Vaike-Kullamaa_(Vaikna)_vallavalitsus, lk 44
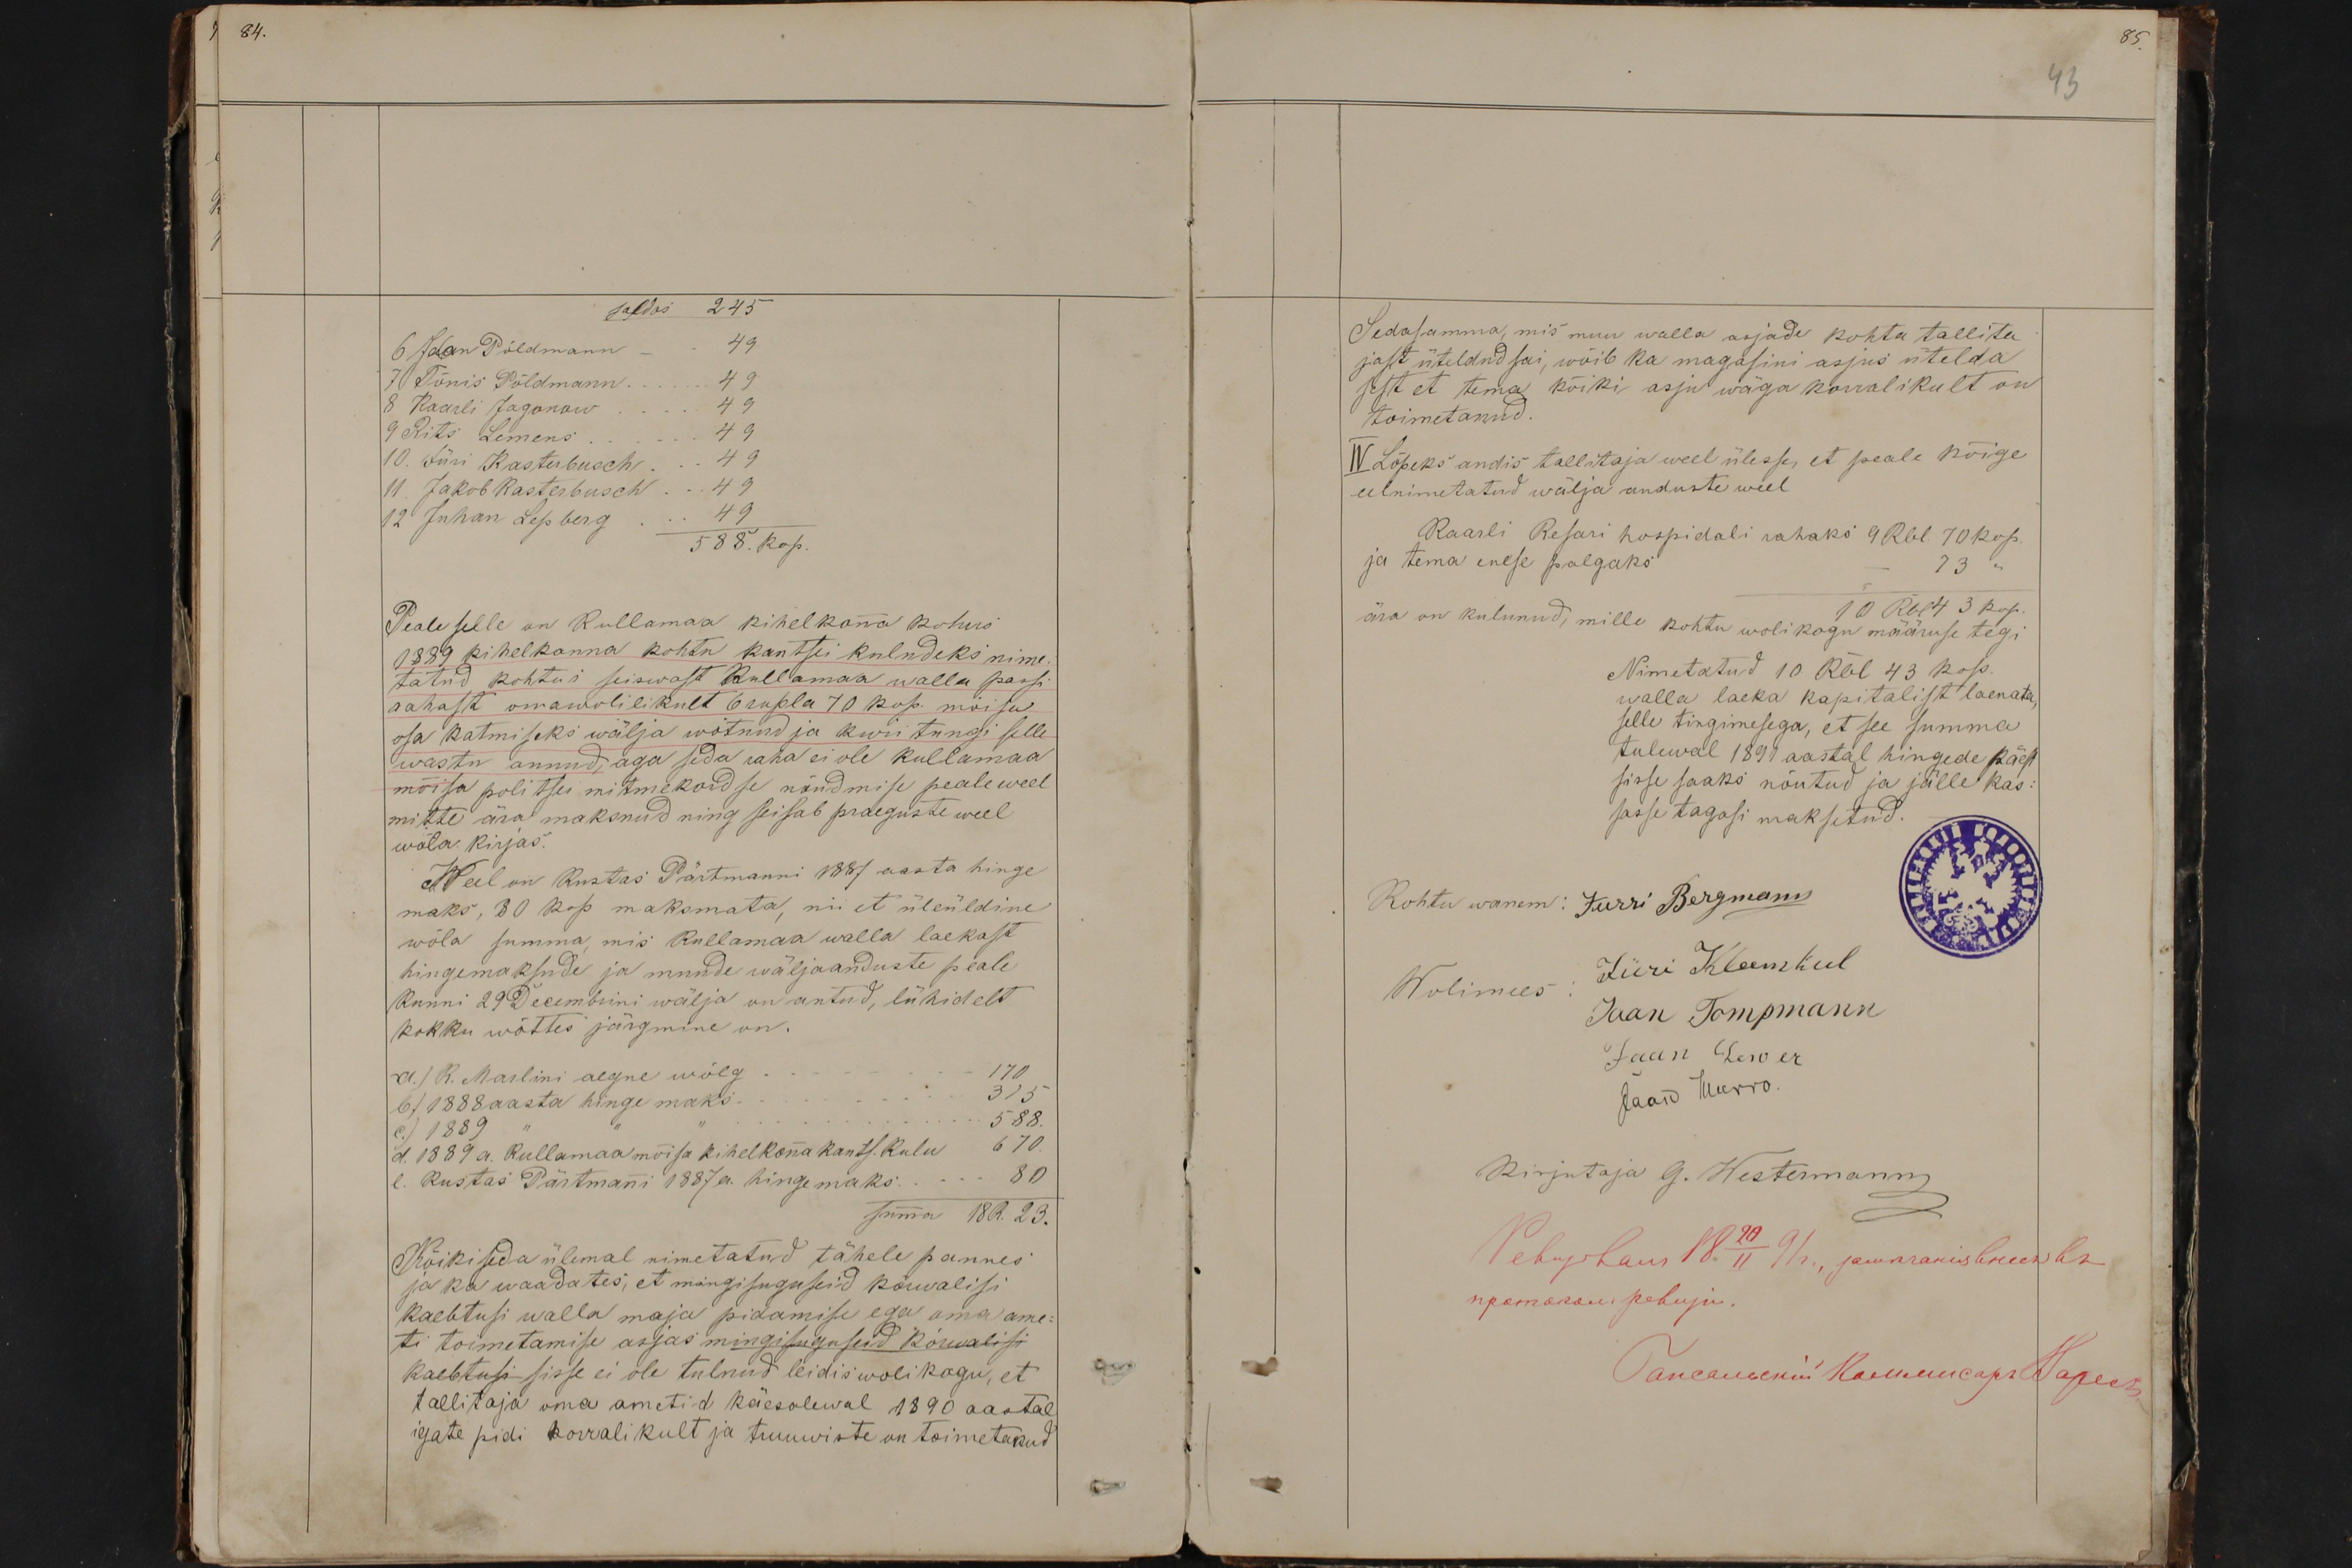
saldos 245
6 Jaan Põldmann - 49
7 Tõnis Põldmann .... 49
8 Kaarli Jagonow .... 49
9 Rits Lemens ..... 49
10. Jüri Kastubusch ... 49
11. Jakob Kasterbusch ... 49
12 Juhan Lepberg ... 49
588. kop.
Peale selle on Kullamaa kihelkonna kohus
1889 kihelkonna kohtu kantsli kuludeks nime
tatud kohtus seiswast Kullamaa walla passi
rahast omawolilikult 6 rubla 70 kop. mõisa
osa katmiseks wälja wõtnud ja kwiitungi selle
wastu annud, aga seda raha ei ole Kullamaa
mõisa politsei mitmekordse nõudmise peale weel
mitte ära maksnud ning seisab praeguste weel
wõla kirjas.
Weel on Kustas Pärtmanni 1887 aasta hinge
maks, 80 kop maksmata, nii et üleüldine
wõla summa, mis Kullamaa walla laekast
hingemaksude ja muude wäljaanduste peale
kunni 29 Decembrini wälja on antud, lühidelt
kokku wõttes järgmine on.
a.) R. Martini aegne wõlg
170
B) 1888 aasta hinge maks.
315
c) 1889
588.
d. 1889 a. Kullamaa mõisa kihelkonna kants. kulu 670
e. Kustas Pärtmanni 1887 a. hingemaks ..... 80
summa 18 R. 23.
Kõiki seda ülemal nimetatud tähele pannes
ja ka waadates, et mingisuguseid kõrwalisi
kaebtusi walla maja pidamise ega oma am-
ti toimetamise asjas mingisuguseid kõrwalisi
kaebtusi sisse ei ole tulnud leidis wolikogu, et
tallitaja oma ametid käesolewal 1890 aastal
igate pidi korralikult ja truuwiste on toimetatud

85
43
Sedasamma, mis muu walla asjade kohta tallita
jast üteldnd sai, wõib ka magasini asjus ütelda
sest et tema kõiki asju wäga korralikult on
toimetanud.
IV. Lõpeks andis tallitaja weel ülesse, et peale kõige
eelnimetatud wälja anduste weel
Kaarli Resari hospidali rahaks 9 Rbl. 70 kop.
ja tema enese palgaks.
73 "
ära on kulunud, mille kohtu wolikogu määruse tegi
10 Rbl 43 kop.
Nimetatud 10. Rbl 43 kop.
walla laeka kapitalist laenata
selle tingimesega, et see summa
tulewal 1891 aastal hingede käest
sisse saaks nõutud ja jälle kas-
sasse tagasi maksetud.
Kohtu wanem: Jürri Bergmann
Wolimees
Jüri Kleemkul
Jaan Tompmann
Jaan Lewer
Jaan Murro
Kirjutaja G. Westermann